Vaccination returns of the Province of Eastern Bengal and Assam - 1905-1912
Year: 1905
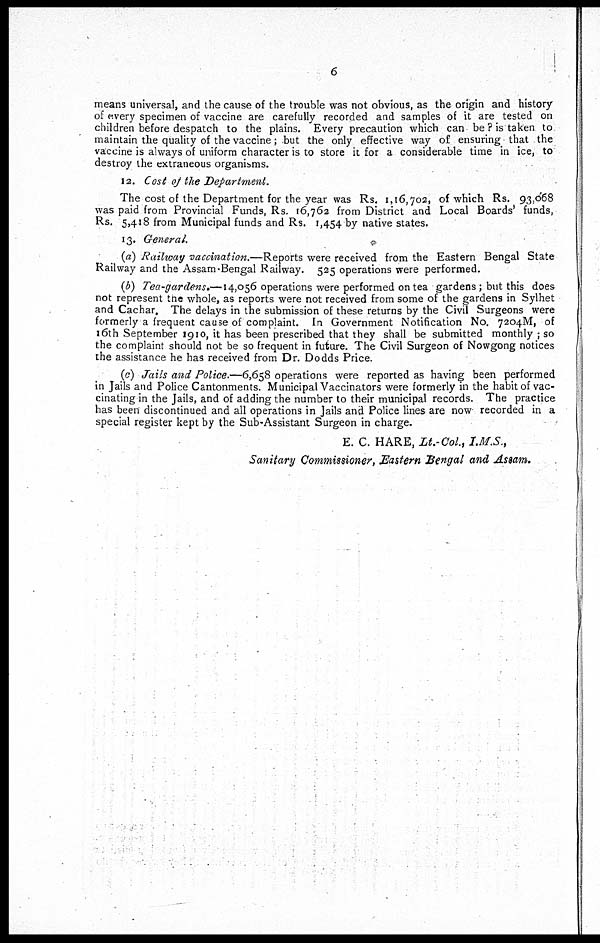
6
means universal, and the cause of the trouble was not obvious, as the origin and history
of every specimen of vaccine are carefully recorded and samples of it are tested on
children before despatch to the plains. Every precaution which can be ? is taken to
maintain the quality of the vaccine; but the only effective way of ensuring that the
vaccine is always of uniform character is to store it for a considerable time in ice, to
destroy the extraneous organisms.
12. Cost of the Department.
The cost of the Department for the year was Rs. 1,16,702, of which Rs. 93,068
was paid from Provincial Funds, Rs. 16,762 from District and Local Boards funds,
Rs. 5,418 from Municipal funds and Rs. 1,454 by native states.
13. General.
(a) Railway vaccination.—Reports were received from the Eastern Bengal State
Railway and the Assam-Bengal Railway. 525 operations were performed.
(b) Tea-gardens.—14,056 operations were performed on tea gardens; but this does
not represent the whole, as reports were not received from some of the gardens in Sylhet
and Cachar. The delays in the submission of these returns by the Civil Surgeons were
formerly a frequent cause of complaint. In Government Notification No. 7204M, of
16th September 1910, it has been prescribed that they shall be submitted monthly ; so
the complaint should not be so frequent in future. The Civil Surgeon of Nowgong notices
the assistance he has received from Dr. Dodds Price.
(c) Jails and Police.—6,658 operations were reported as having been performed
in Jails and Police Cantonments. Municipal Vaccinators were formerly in the habit of vac-
cinating in the Jails, and of adding the number to their municipal records. The practice
has been discontinued and all operations in Jails and Police lines are now recorded in a
special register kept by the Sub-Assistant Surgeon in charge.
E. C. HARE, Lt.-Col., I.M.S.,
Sanitary Commissioner, Eastern Bengal and Assam.